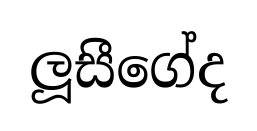
ලූසීගේද